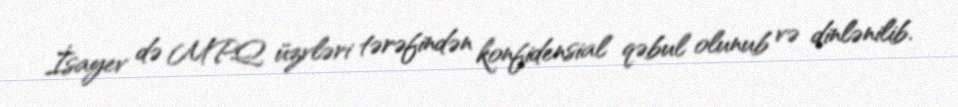
İsayev də MPQ üzvləri tərəfindən konfidensial qəbul olunub və dinlənilib.